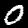
Label: 0